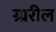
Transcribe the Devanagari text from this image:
ग्र्ररील